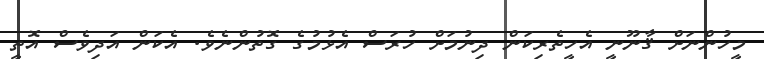
މީހުންނަށް ޤާނޫނީ އެހީތެރިކަން ދިނުމަށް ހުރަސް އެޅުމުގެ ގޮތުންނެވެ. އެކަން އަދިވެސް އޮތީ